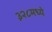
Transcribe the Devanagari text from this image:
३२८मध्ये